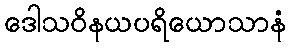
ဒေါသဝိနယပရိယောသာနံ